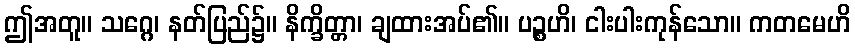
ဤအတူ။ သဂ္ဂေ၊ နတ်ပြည်၌။ နိက္ခိတ္တာ၊ ချထားအပ်၏။ ပဉ္စဟိ၊ ငါးပါးကုန်သော။ ကတမေဟိ